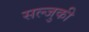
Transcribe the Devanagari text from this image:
सल्जुकी